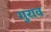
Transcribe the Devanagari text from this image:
गुराव